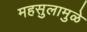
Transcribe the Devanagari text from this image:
महसुलामुळे